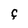
Character: F